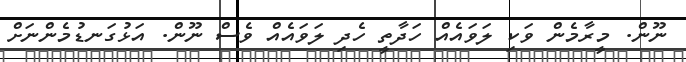
ނޫން. މީރާމެން ވަކި ލަވައެއް ހަދާތީ ހެދި ލަވައެއް ވެސް ނޫން. އަޅުގަނޑުމެންނަށް